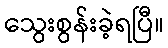
သွေးစွန်းခဲ့ရပြီ။